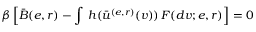
\beta \left[ \bar { B } ( e , r ) - \int \, h ( \bar { u } ^ { ( e , r ) } ( v ) ) \, F ( d v ; e , r ) \right] = 0